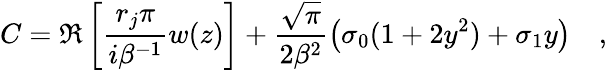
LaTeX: C=\Re\left[\frac{r_{j}\pi}{i\beta^{-1}}w(z)\right]+\frac{\sqrt{\pi}}{2\beta^{2}}\left(\sigma_{0}(1+2y^{2})+\sigma_{1}y\right)\quad,